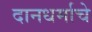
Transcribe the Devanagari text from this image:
दानधर्माचे